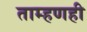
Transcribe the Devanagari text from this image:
ताम्हणही